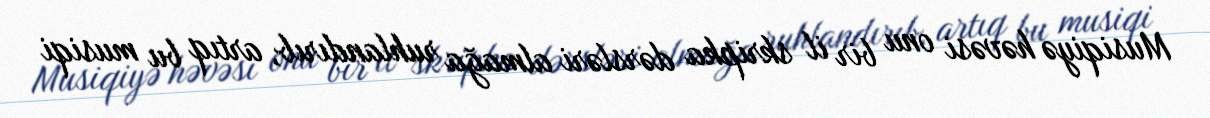
Musiqiyə həvəsi onu bir il skripka dərsləri almağa ruhlandırıb, artıq bu musiqi